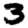
Digit: 3